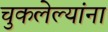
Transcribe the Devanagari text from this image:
चुकलेल्यांना